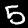
Digit: 5